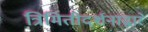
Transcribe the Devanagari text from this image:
त्रिमितीदर्शनाद्वारे